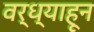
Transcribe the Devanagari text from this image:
वर्ध्याहून